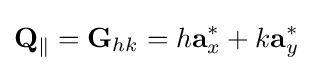
\mathbf {Q} _{\parallel }=\mathbf {G} _{hk}=h\mathbf {a} _{x}^{*}+k\mathbf {a} _{y}^{*}